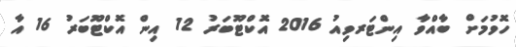
ހޮވުމަށް ބާއްވާ އިންޓަރވިއު 2016 އޮކްޓޫބަރު 12 އިން އޮކްޓޫބަރު 16 އާ